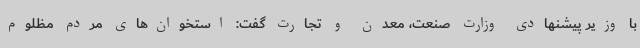
با وزیر پیشنهادی وزارت صنعت، معدن و تجارت گفت: استخوان‌های مردم مظلوم